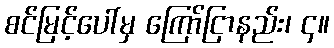
စင်မြင့်ပေါ်မှ ကြော်ငြာနည်း၊ ၄။